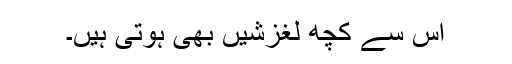
اُس سے کچھ لغزشیں بھی ہوتی ہیں۔